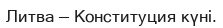
Литва — Конституция күні.